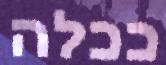
ככלה